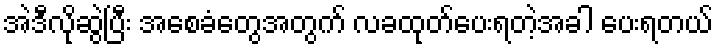
အဲဒီလိုဆွဲပြီး အစေခံတွေအတွက် လခထုတ်ပေးရတဲ့အခါ ပေးရတယ်